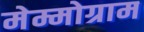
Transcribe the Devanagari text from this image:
मेम्मोग्राम